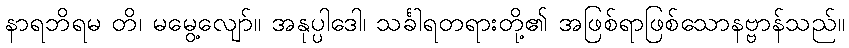
နာရဘိရမ တိ၊ မမွေ့လျော်။ အနုပ္ပါဒေါ၊ သင်္ခါရတရားတို့၏ အဖြစ်ရာဖြစ်သောနဗ္ဗာန်သည်။